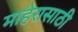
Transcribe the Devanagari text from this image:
माहेरासाठी